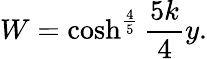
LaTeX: W=\cosh^{\frac{4}{5}}\frac{5k}{4}y.